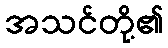
အသင်တို့၏